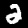
Label: 2